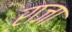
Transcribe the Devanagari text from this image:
ऱाजा